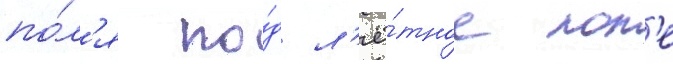
по́л'я по́д л'ё́тное пол'е